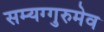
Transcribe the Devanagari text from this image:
सम्यग्गुरुमेव